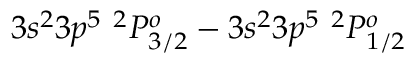
3 s ^ { 2 } 3 p ^ { 5 } ~ ^ { 2 } P _ { 3 / 2 } ^ { o } - 3 s ^ { 2 } 3 p ^ { 5 } ~ ^ { 2 } P _ { 1 / 2 } ^ { o }